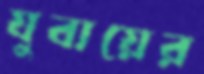
যুবায়ের